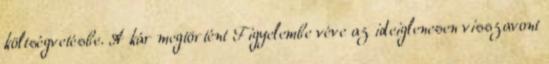
költségvetésbe. A kár megtörtént Figyelembe véve az ideiglenesen visszavont